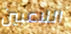
اللاعبين